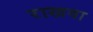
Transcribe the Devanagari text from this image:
राखवा